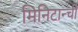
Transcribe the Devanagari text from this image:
मिनिटान्ची